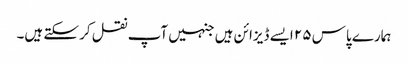
ہمارے پاس ۲۵ ایسے ڈیزائن ہیں جنہیں آپ نقل کر سکتے ہیں۔